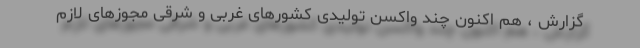
گزارش ، هم اکنون چند واکسن تولیدی کشورهای غربی و شرقی مجوزهای لازم